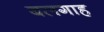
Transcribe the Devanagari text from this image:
बलगाह